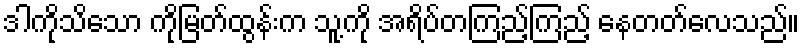
ဒါကိုသိသော ကိုမြတ်ထွန်းက သူ့ကို အရိပ်တကြည့်ကြည့် နေတတ်လေသည်။